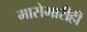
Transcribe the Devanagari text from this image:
मासेमारीही